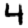
Digit: 4